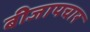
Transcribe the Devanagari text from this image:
बीजापचार